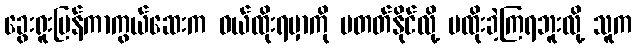
ခွေးရူးပြန်ကာကွယ်ဆေးက ဝယ်ထိုးရမှာကို မတတ်နိုင်လို့ မထိုးခဲ့ကြရဘူးလို့ သူက